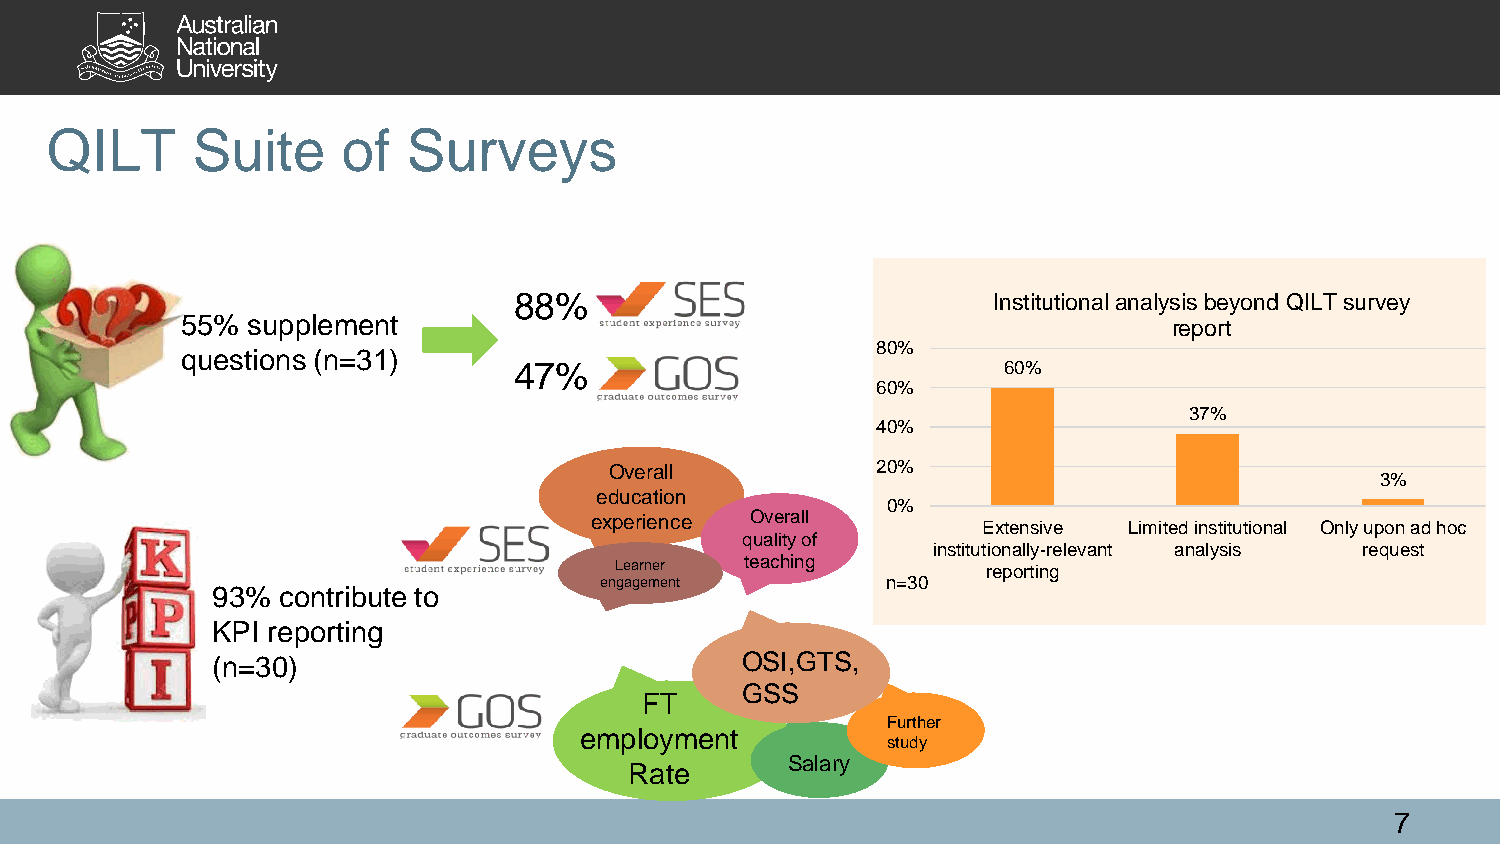
QILT      Suite     of  Surveys
 88%                             Institutional analysis beyond QILT survey
 55% supplement                                                    report
 80%
 questions (n=31)
 47%                             60%
 60%
 37%
 40%
 Overall           20%
 3%
 education
 0%
 experience Overall
 Extensive Limited institutional Only upon ad hoc
 quality of
 institutionally-relevant analysis request
 Learner teaching        reporting
 engagement         n=30
 93% contribute to
 KPI reporting
 (n=30)                             OSI,GTS,
 GSS
 FT
 Further
 employment
 study
 Salary
 Rate
 7